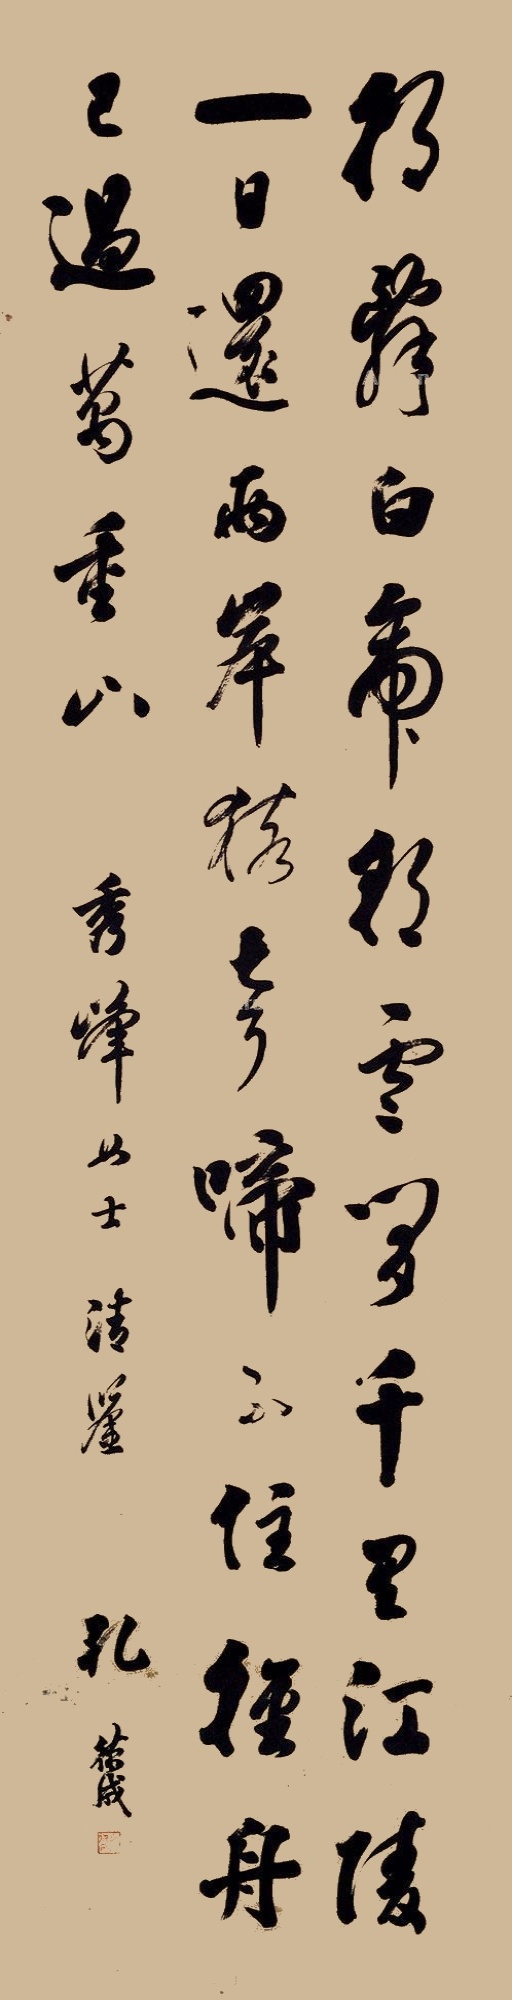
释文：朝辞白帝彩云间，千里江陵一日还。两岸猿声啼不住，轻舟已过万重山。秀峰女士清鉴，孔德成。